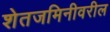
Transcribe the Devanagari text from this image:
शेतजमिनीवरील